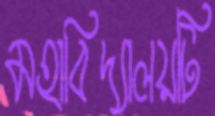
মহাবিদ্যালয়টি